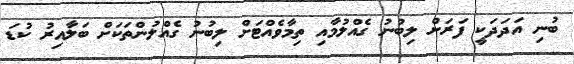
ބުނި އަދަދަކީ ފަރަށް ލިބުނު ގެއްލުމާއި ތިމާވެއްޓަށް ލިބުނު ގެއްލުންތަކަށް ބަލާއިރު ކުޑަ